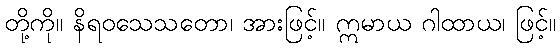
တို့ကို။ နိရဝသေသတော၊ အားဖြင့်။ ဣမာယ ဂါထာယ၊ ဖြင့်။